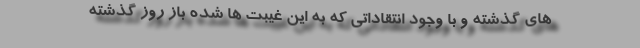
های گذشته و با وجود انتقاداتی که به این غیبت ها شده باز روز گذشته